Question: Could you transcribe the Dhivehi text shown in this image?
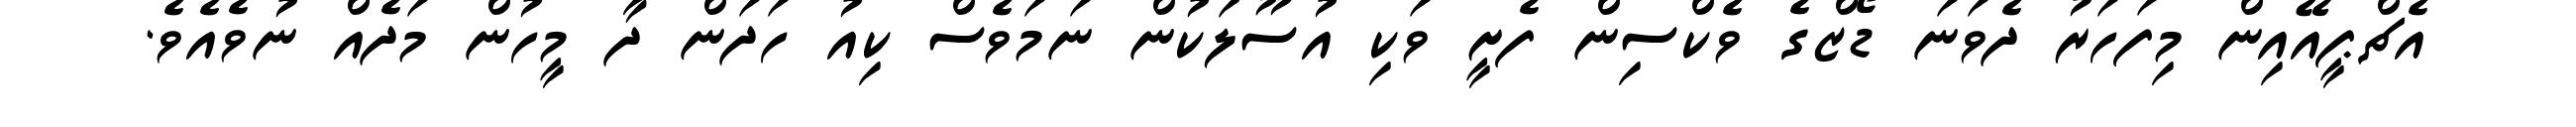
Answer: އެޗްޕީއޭއިން މިފަހަރު ދެވަނަ ޑޯޒްގެ ވެކްސިން ފެށީ ވަކި އުސޫލަކުން ނަމަވެސް ކިއު ހަދަން ދާ މީހުން މަދެއް ނުވެއެވެ.